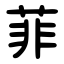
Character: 菲